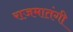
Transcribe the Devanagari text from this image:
राजमातंगी